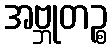
အဗ္ဘုတဉ္စ